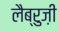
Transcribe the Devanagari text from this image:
लैब्रुज़ी